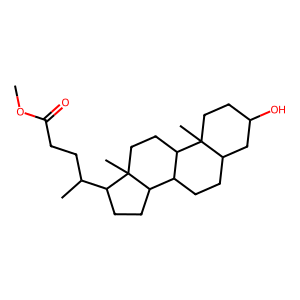
SMILES: COC(=O)CCC(C)C1CCC2C3CCC4CC(O)CCC4(C)C3CCC12C
Inhibits HIV replication: No